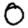
Digit: 0